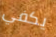
يكفي